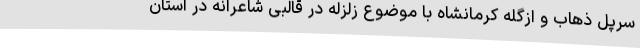
سرپل ذهاب و ازگله کرمانشاه با موضوع زلزله در قالبی شاعرانه در استان